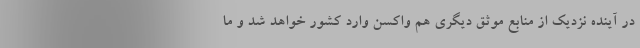
در آینده نزدیک از منابع موثق دیگری هم واکسن وارد کشور خواهد شد و ما